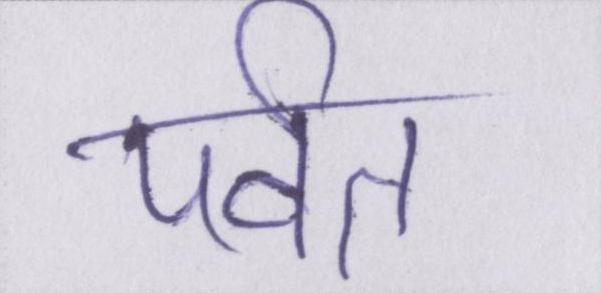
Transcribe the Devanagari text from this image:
पर्वत